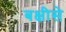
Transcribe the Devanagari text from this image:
बक्षीसे